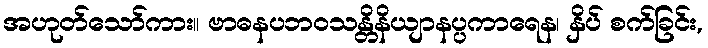
အဟုတ်သော်ကား။ ဗာဓနပဘဝသန္တိနိယျာနပ္ပကာရေန၊ နှိပ် စက်ခြင်း,